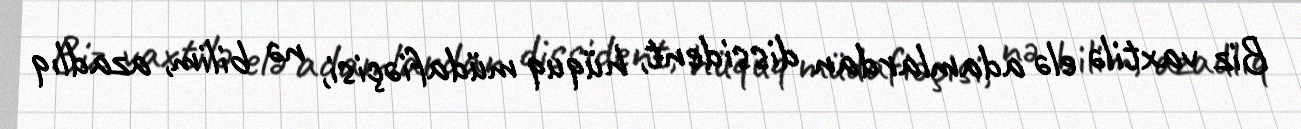
Biz vaxtilə elə adamlardan dissident, hüquq müdafiəçisi, nə bilim, azadlıq